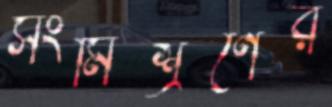
সংমিশ্রণের